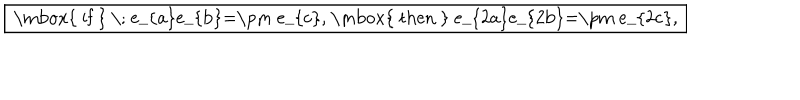
LaTeX: \fbox { \mathrm { ~ i f ~ } \; e _ { a } e _ { b } = \pm e _ { c } , \mathrm { ~ t h e n ~ } e _ { 2 a } e _ { 2 b } = \pm e _ { 2 c } , }